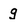
Character: g